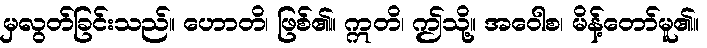
မှလွတ်ခြင်းသည်။ ဟောတိ၊ ဖြစ်၏။ ဣတိ၊ ဤသို့။ အဝေါစ၊ မိန့်တော်မူ၏။